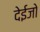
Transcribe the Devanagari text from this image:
देईजो